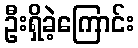
ဦးရှိခဲ့ကြောင်း